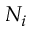
N _ { i }